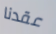
عقدنا